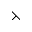
\leftthreetimes